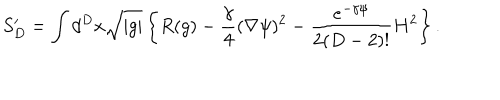
S _ { D } ^ { \prime } = \int d ^ { D } x \sqrt { | g | } \left\{ R ( g ) - \frac { \gamma } 4 ( \nabla \psi ) ^ { 2 } - \frac { e ^ { - \gamma \psi } } { 2 ( D - 2 ) ! } H ^ { 2 } \right\} .